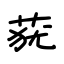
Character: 莸